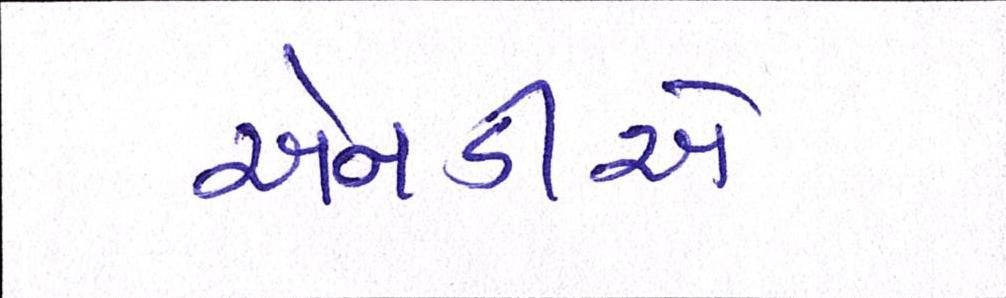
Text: એનડીએ